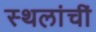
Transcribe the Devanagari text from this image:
स्थलांचीं